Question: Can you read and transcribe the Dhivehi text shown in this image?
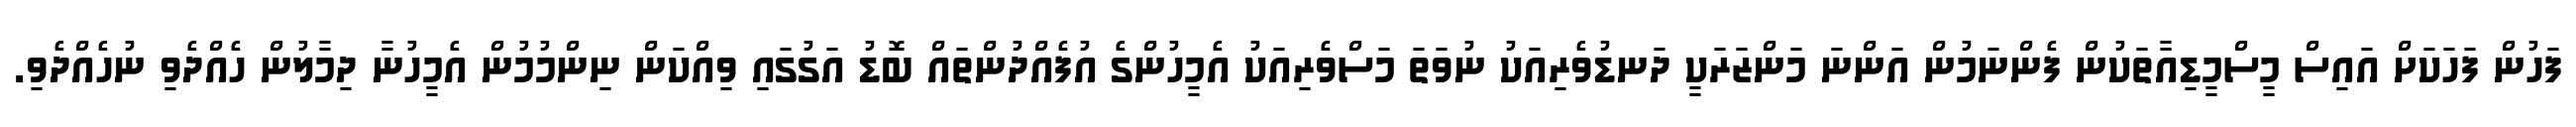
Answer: ފަހުން ފަހަކަށް އައިސް މީސްމީޑިއާތަކުން ފެންނަމުން އަންނަ މަންޒަރަކީ ދަނޑުވެރިއަކު ނުވަތަ މަސްވެރިއަކު އެމީހުންގެ އުފެއްދުންތައް ބޮޑު އަގުގައި ވިއްކަން ނިންމުމުން އެމީހުނާ ދިމާލުން ހެއްދެވި ނުހެއްދެވި.